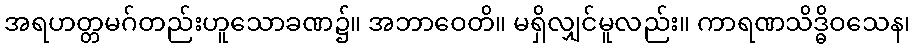
အရဟတ္တမဂ်တည်းဟူသောခဏ၌။ အဘာဝေတိ။ မရှိလျှင်မူလည်း။ ကာရဏသိဒ္ဓိဝသေန၊